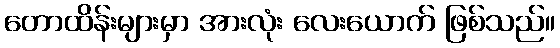
တောထိန်းများမှာ အားလုံး လေးယောက် ဖြစ်သည်။